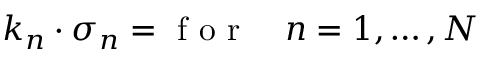
\boldsymbol { k } _ { n } \cdot \boldsymbol { \sigma } _ { n } = \mathrm { ~ f ~ o ~ r ~ } \quad n = 1 , \ldots , N